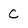
Character: c